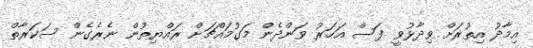
އިމާދު އިތުރަށް ވިދާޅުވީ ފަސް އަހަރު ވަންދެން މަގުމައްޗަށް ރައްޔިތުން ނެރެގެން ސަކަރާތް